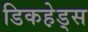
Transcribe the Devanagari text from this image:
डिकहे़ड्स